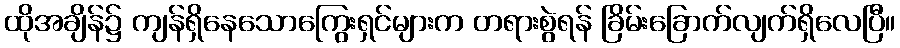
ထိုအချိန်၌ ကျန်ရှိနေသောကြွေးရှင်များက တရားစွဲရန် ခြိမ်းခြောက်လျက်ရှိလေပြီ။